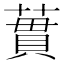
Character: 𫉜